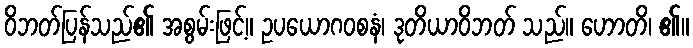
ဝိဘတ်ပြန်သည်၏ အစွမ်းဖြင့်။ ဥပယောဂဝစနံ၊ ဒုတိယာဝိဘတ် သည်။ ဟောတိ၊ ၏။